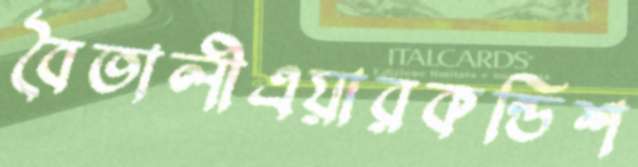
বৈতালীএয়ারকন্ডিশ